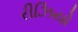
રીઝિયો